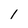
Character: l